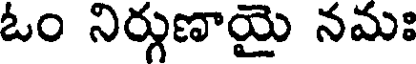
ఓం నిర్గుణాయై నమః